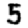
Digit: 5